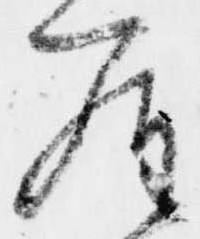
羅